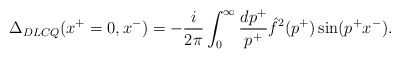
\begin{align*}\Delta_{DLCQ} (x^+ = 0, x^-) = - {i \over 2 \pi} \int_0^{\infty} {dp^+ \over p^+} \hat{f}^2 (p^+)\sin(p^+ x^-).\end{align*}